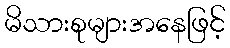
မိသားစုများအနေဖြင့်